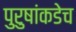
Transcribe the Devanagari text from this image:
पुरुषांकडेच